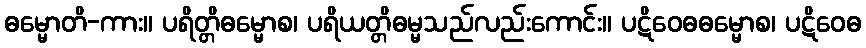
ဓမ္မောတိ-ကား။ ပရိတ္တိဓမ္မောစ၊ ပရိယတ္တိဓမ္မသည်လည်းကောင်း။ ပဋိဝေဓဓမ္မောစ၊ ပဋိဝေဓ